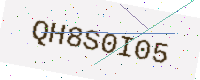
Text: QH8S0I05